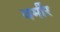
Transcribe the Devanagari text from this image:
वर्मीर